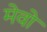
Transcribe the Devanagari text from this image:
मेवो